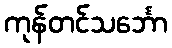
ကုန်တင်သင်္ဘော